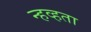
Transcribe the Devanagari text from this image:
न्हव्हता